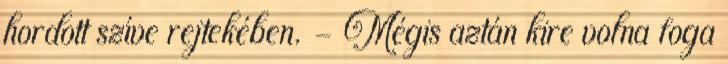
hordott szíve rejtekében. - Mégis aztán kire volna foga